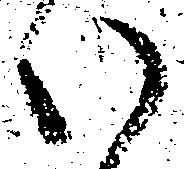
い